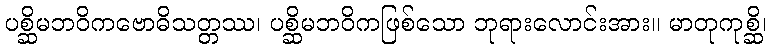
ပစ္ဆိမဘဝိကဗောဓိသတ္တဿ၊ ပစ္ဆိမဘဝိကဖြစ်သော ဘုရားလောင်းအား။ မာတုကုစ္ဆိ၊